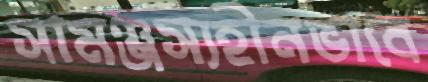
সামঞ্জস্যহীনভাবে